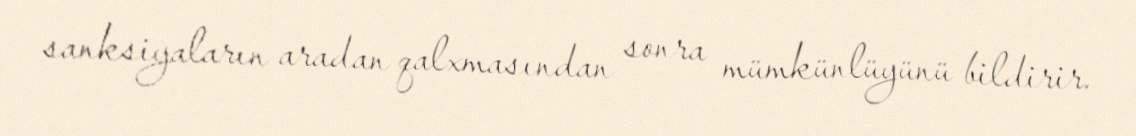
sanksiyaların aradan qalxmasından sonra mümkünlüyünü bildirir.